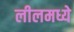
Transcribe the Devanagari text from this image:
लीलमध्ये